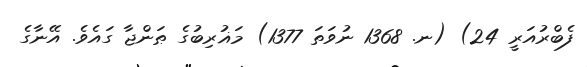
ފެބްރުއަރީ 24) (ނ. 1368 ނުވަތަ 1377) މަޣުރިބުގެ ޠަންޖާ ގައެވެ. އޭނާގެ